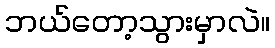
ဘယ်တော့သွားမှာလဲ။